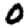
Digit: 0